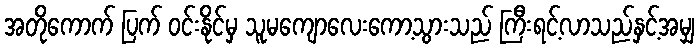
အတိုကောက် ပြက် ဝင်းနိုင်မှ သူမကျောလေးကော့သွားသည် ကြီးရင့်လာသည်နှင့်အမျှ